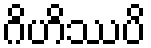
ဂိဟိဿပိ